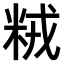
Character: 𫂽